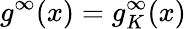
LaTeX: g^{\infty}(x)=g_{K}^{\infty}(x)